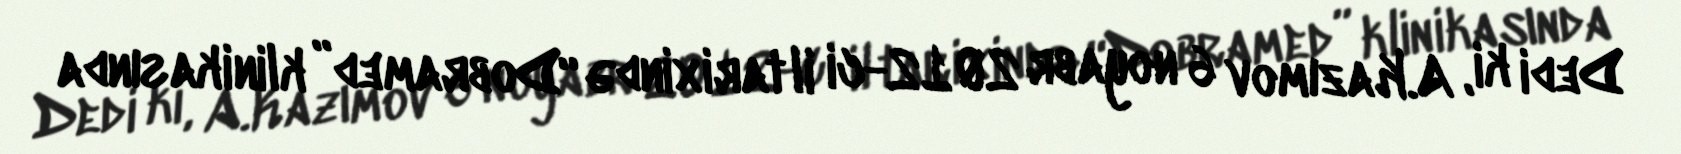
Dedi ki, A.Kazımov 6 noyabr 2012-ci il tarixində “Dobramed” klinikasında